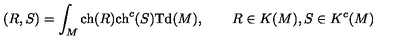
( R , S ) = \int _ { M } \mathrm { c h } ( R ) \mathrm { c h } ^ { c } ( S ) \mathrm { T d } ( M ) , \qquad R \in K ( M ) , S \in K ^ { c } ( M )